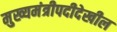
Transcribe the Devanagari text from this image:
मुख्यमंत्रीपदीदेखील